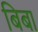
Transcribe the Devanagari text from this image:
बिबा